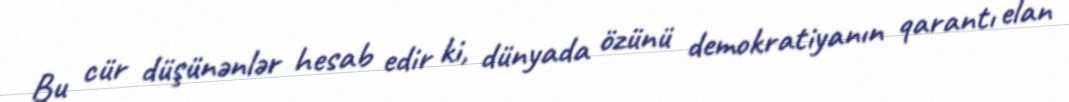
Bu cür düşünənlər hesab edir ki, dünyada özünü demokratiyanın qarantı elan